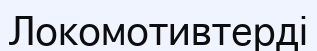
Локомотивтерді